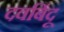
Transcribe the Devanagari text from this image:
दवबिंदू